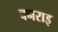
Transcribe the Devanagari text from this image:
बनराइ